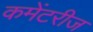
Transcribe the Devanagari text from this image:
कमेंटरीज